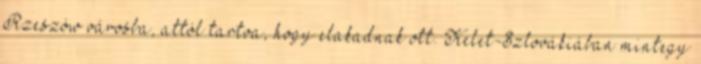
Rzeszów városba, attól tartva, hogy elakadnak ott. Kelet-Szlovákiában mintegy